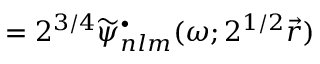
= 2 ^ { 3 / 4 } \widetilde \psi _ { n l m } ^ { \bullet } ( \omega ; 2 ^ { 1 / 2 } \vec { r } )